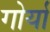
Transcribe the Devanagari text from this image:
गोर्यां